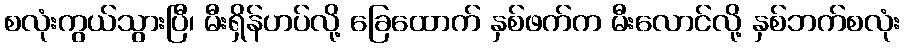
စလုံးကွယ်သွားပြီ၊ မီးရှိန်ဟပ်လို့ ခြေထောက် နှစ်ဖက်က မီးလောင်လို့ နှစ်ဘက်စလုံး